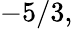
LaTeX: -5/3,